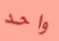
واحد